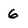
Character: 6